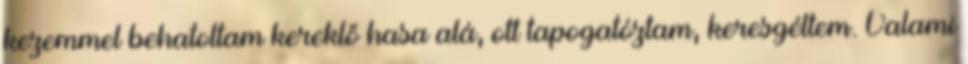
kezemmel behatoltam kereklő hasa alá, ott tapogatóztam, keresgéltem. Valami